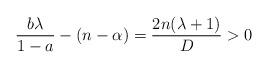
LaTeX: \begin{align*} \frac{b\lambda}{1-a}-(n-\alpha)=\frac{2n(\lambda+1)}{D}>0 \end{align*}